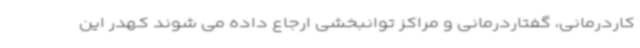
کاردرمانی، گفتاردرمانی و مراکز توانبخشی ارجاع داده می شوند کهدر این